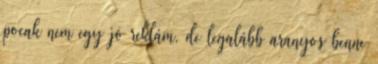
pocak nem egy jó reklám, de legalább aranyos benne